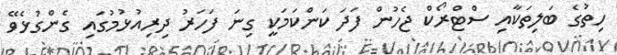
ހިތުގެ ބަލިތަކާއި ސްޓްރޯކް ޖެހުން ފަދަ ކަންކަމަކީ ގިނަ ފަހަރު ދިރިއުޅުމުގައި ގެންގުޅެވޭ